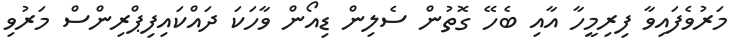
މަރުވެފައިވާ ފިރިމީހާ އާއި ބެހޭ ގޮތުން ސެލިން ޑިއޯން ވާހަކަ ދައްކައިފިޕްރިންސް މަރުވި